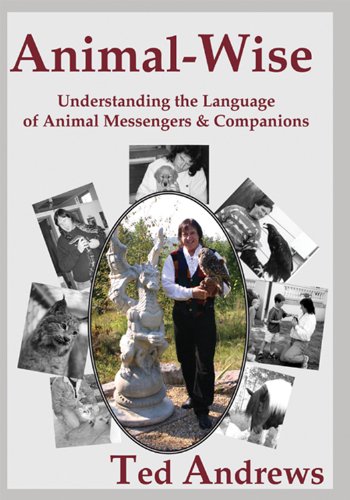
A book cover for Animal-wise: Understanding the Language of Animal Messengers and Companions (10th Anniversary Edition); Ted Andrews; Religion & Spirituality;